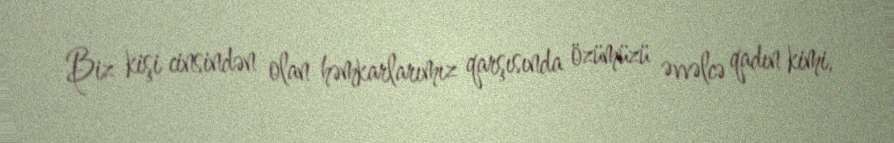
Biz kişi cinsindən olan həmkarlarımız qarşısında özümüzü əvvəlcə qadın kimi,